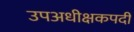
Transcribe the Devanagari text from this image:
उपअधीक्षकपदी